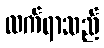
လက်ရာသည်